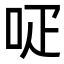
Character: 𠰊